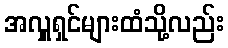
အလှူရှင်များထံသို့လည်း